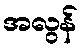
အလွန်